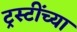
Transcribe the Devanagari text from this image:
ट्रस्टींच्या